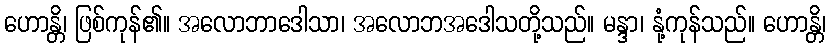
ဟောန္တိ၊ ဖြစ်ကုန်၏။ အလောဘာဒေါသာ၊ အလောဘအဒေါသတို့သည်။ မန္ဒာ၊ နုံ့ကုန်သည်။ ဟောန္တိ၊